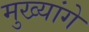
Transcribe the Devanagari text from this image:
मुख्यांगे